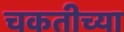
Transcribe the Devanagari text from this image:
चकतीच्या